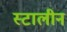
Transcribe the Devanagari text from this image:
स्टालीन